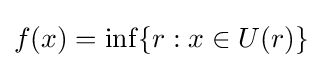
f(x)=\inf\{r:x\in U(r)\}